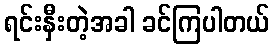
ရင်းနှီးတဲ့အခါ ခင်ကြပါတယ်